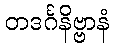
တဒင်္ဂနိဗ္ဗာနံ